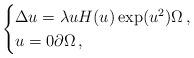
LaTeX: \begin{align*}\begin{cases}\Delta u=\lambda u H(u) \exp(u^2)\Omega\,,\\u=0\partial\Omega\,,\end{cases}\end{align*}